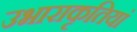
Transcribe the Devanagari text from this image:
उभाराकृतियां